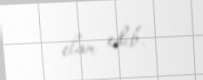
elan edib.